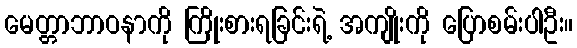
မေတ္တာဘာဝနာကို ကြိုးစားရခြင်းရဲ့ အကျိုးကို ပြောစမ်းပါဦး။